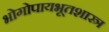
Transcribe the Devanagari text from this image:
भोगोपायभूतशास्त्र